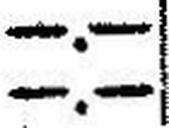
—.—